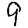
Digit: 9